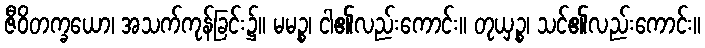
ဇီဝိတက္ခယော၊ အသက်ကုန်ခြင်း၌။ မမဉ္စ၊ ငါ၏လည်းကောင်း။ တုယှဉ္စ၊ သင်၏လည်းကောင်း။